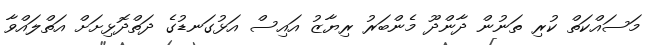
މަސައްކަތް ކުރި ތަނުން ދާންދޫ މެންބަރު ރިޔާޒު އައިސް އަޅުގަނޑުގެ ދަތްދޮޅިށަށް އަތްލައްވާ